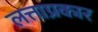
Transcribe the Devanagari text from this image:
लत्ताप्रकार